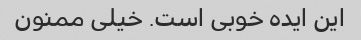
این ایده خوبی است. خیلی ممنون